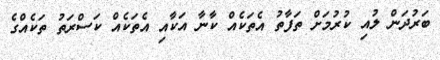
ބަރުދަން ލުއި ކުރުމަށް ތަފާތު އެތަކެއް ކާނާ އަކާއި އެތަކެއް ކަސްރަތު ތަކެއްގެ